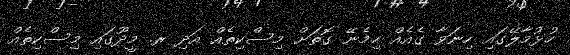
ހުޅުމާލޭގައި ހިނަވާ ގެއެއް ހިމެނޭ ގޮތަށް މިސްކިތެއް އަދި ރ. މީދޫގައި މިސްކިތެއް